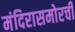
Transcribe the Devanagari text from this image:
मंदिरासमोरची